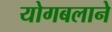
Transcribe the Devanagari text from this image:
योगबलाने